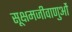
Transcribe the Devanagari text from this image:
सूक्षमजीवाणुओं